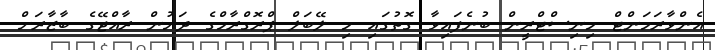
އެންވާރަމަންޓް މިނިސްޓްރީން ބުނެފައިވާ ގޮތުގައި މި ލޭބަލް ޕްރޮގްރާމްގެ ދަށުން ރާއްޖޭގެ ބާޒާރަށް